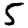
Digit: 5